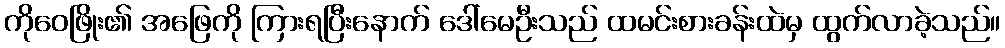
ကိုဝေဖြိုး၏ အဖြေကို ကြားရပြီးနောက် ဒေါ်မေဦးသည် ထမင်းစားခန်းထဲမှ ထွက်လာခဲ့သည်။